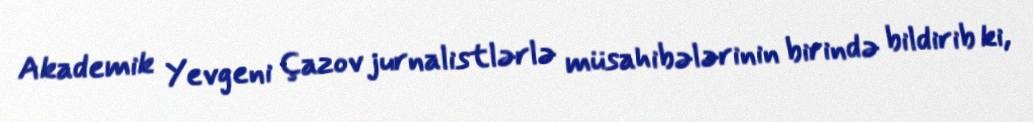
Akademik Yevgeni Çazov jurnalistlərlə müsahibələrinin birində bildirib ki,